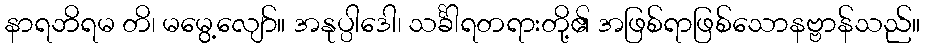
နာရဘိရမ တိ၊ မမွေ့လျော်။ အနုပ္ပါဒေါ၊ သင်္ခါရတရားတို့၏ အဖြစ်ရာဖြစ်သောနဗ္ဗာန်သည်။